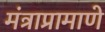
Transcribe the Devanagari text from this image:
मंत्राप्रामाणे